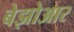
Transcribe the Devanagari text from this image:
बेझोआर